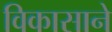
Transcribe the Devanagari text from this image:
विकासाने